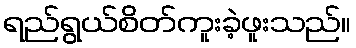
ရည်ရွယ်စိတ်ကူးခဲ့ဖူးသည်။